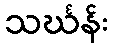
သင်္ဃန်း